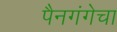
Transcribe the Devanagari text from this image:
पैनगंगेचा